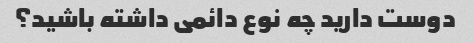
دوست دارید چه نوع دائمی داشته باشید؟